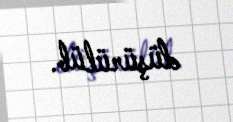
düşürülüb.